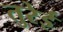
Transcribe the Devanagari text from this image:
तुरेई